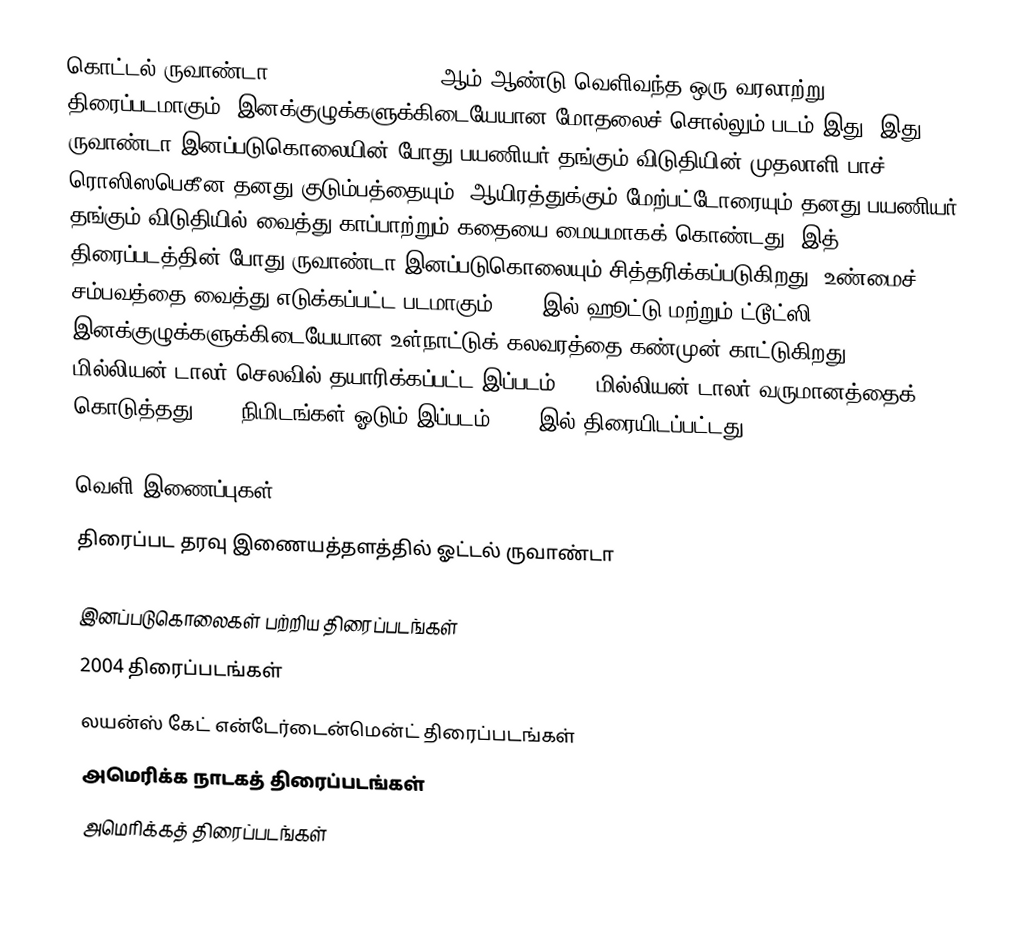
கொட்டல் ருவாண்டா (Hotel Rwanda) 2004 ஆம் ஆண்டு வெளிவந்த ஒரு வரலாற்று திரைப்படமாகும். இனக்குழுக்களுக்கிடையேயான மோதலைச் சொல்லும் படம் இது. இது ருவாண்டா இனப்படுகொலையின் போது பயணியர் தங்கும் விடுதியின் முதலாளி பாச் ரொஸிஸபெகீன தனது குடும்பத்தையும், ஆயிரத்துக்கும் மேற்பட்டோரையும் தனது பயணியர் தங்கும் விடுதியில் வைத்து காப்பாற்றும் கதையை மையமாகக் கொண்டது. இத் திரைப்படத்தின் போது ருவாண்டா இனப்படுகொலையும் சித்தரிக்கப்படுகிறது. உண்மைச் சம்பவத்தை வைத்து எடுக்கப்பட்ட படமாகும். 1994இல் ஹூட்டு மற்றும் ட்டூட்ஸி இனக்குழுக்களுக்கிடையேயான உள்நாட்டுக் கலவரத்தை கண்முன் காட்டுகிறது. 17.5 மில்லியன் டாலர் செலவில் தயாரிக்கப்பட்ட இப்படம், 34 மில்லியன் டாலர் வருமானத்தைக் கொடுத்தது. 212 நிமிடங்கள் ஓடும் இப்படம், 2004இல் திரையிடப்பட்டது.

வெளி இணைப்புகள்
 திரைப்பட தரவு இணையத்தளத்தில் ஓட்டல் ருவாண்டா

இனப்படுகொலைகள் பற்றிய திரைப்படங்கள்
2004 திரைப்படங்கள்
லயன்ஸ் கேட் என்டேர்டைன்மென்ட் திரைப்படங்கள்
அமெரிக்க நாடகத் திரைப்படங்கள்
அமெரிக்கத் திரைப்படங்கள்